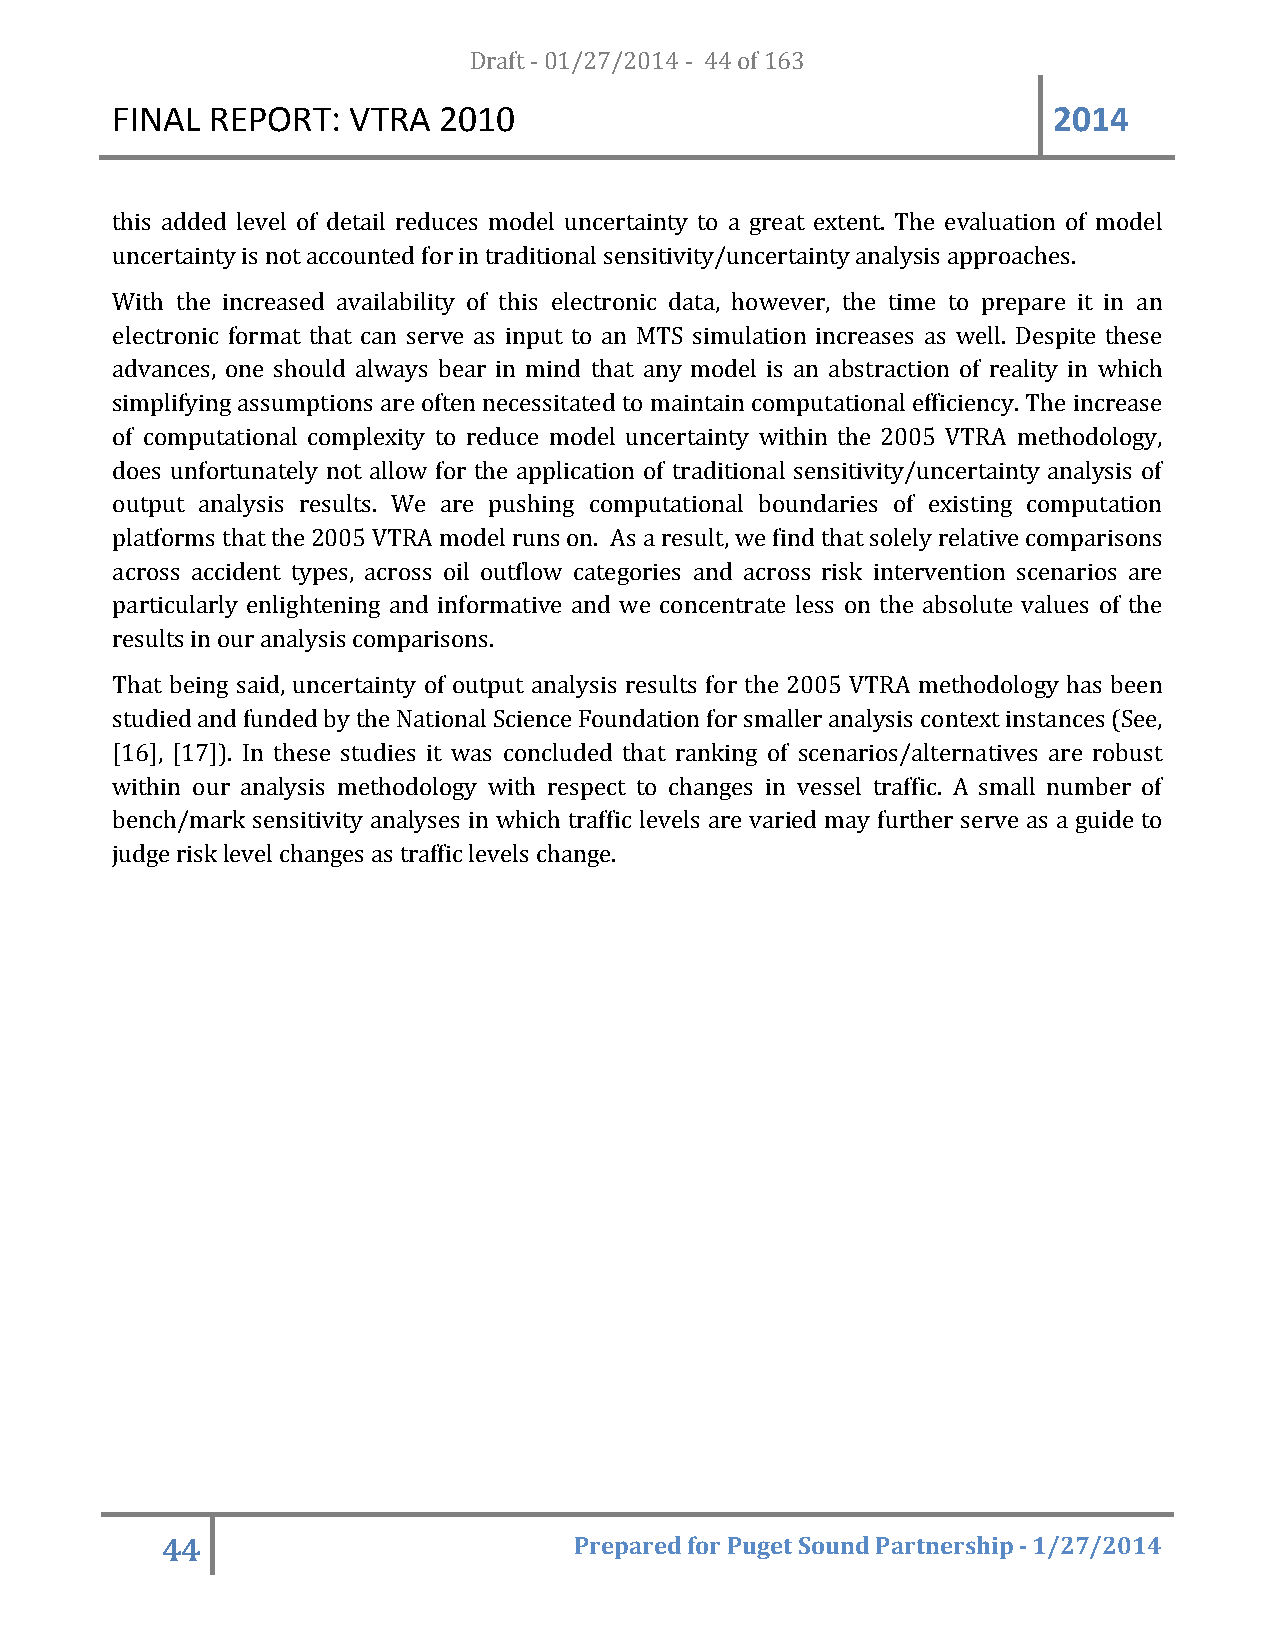
FINAL  REPORT:  VTRA  20D1r0af t - 01/27/2014 - 44 of 163      2014
 this added level of detail reduces model uncertainty to a great extent. The evaluation of model
 uncertainty is not accounted for in traditional sensitivity/uncertainty analysis approaches.
 With the increased availability of this electronic data, however, the time to prepare it in an
 electronic format that can serve as input to an MTS simulation increases as well. Despite these
 advances, one should always bear in mind that any model is an abstraction of reality in which
 simplifying assumptions are often necessitated to maintain computational efficiency. The increase
 of computational complexity to reduce model uncertainty within the 2005 VTRA methodology,
 does unfortunately not allow for the application of traditional sensitivity/uncertainty analysis of
 output analysis results. We are pushing computational boundaries of existing computation
 platforms that the 2005 VTRA model runs on. As a result, we find that solely relative comparisons
 across accident types, across oil outflow categories and across risk intervention scenarios are
 particularly enlightening and informative and we concentrate less on the absolute values of the
 results in our analysis comparisons.
 That being said, uncertainty of output analysis results for the 2005 VTRA methodology has been
 studied and funded by the National Science Foundation for smaller analysis context instances (See,
 [16], [17]). In these studies it was concluded that ranking of scenarios/alternatives are robust
 within our analysis methodology with respect to changes in vessel traffic. A small number of
 bench/mark sensitivity analyses in which traffic levels are varied may further serve as a guide to
 judge risk level changes as traffic levels change.
 44                         Prepared for Puget Sound Partnership - 1/27/2014